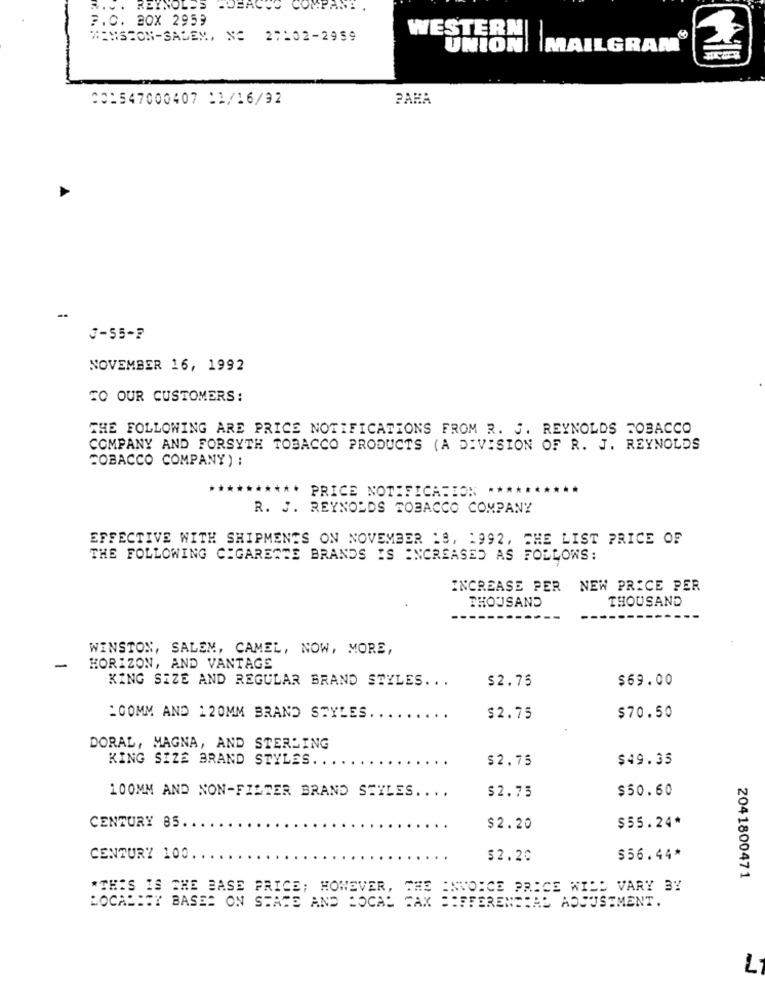
REYNOLDS
-DEACSE COMPARE
F.O. BOX 2959
WINSTON-SALEM, NO 27:02-2959
WESTERN
UNION MAILGRAM
001547000407 11/16/32
PARA
-
J-55-7
NOVEMBER 16, 1992
TO OUR CUSTOMERS:
THE FOLLOWING ARE PRICE NOTIFICATIONS FROM R. J. REYNOLDS TOBACCO
COMPANY AND FORSYTH TOBACCO PRODUCTS (A DIVISION OF R. J. REYNOLDS
TOBACCO COMPANY) :
***** PRICE NOTIFICATION
R. J. REYNOLDS TOBACCO COMPANY
EFFECTIVE WITH SHIPMENTS ON NOVEMBER 18, 1992, CHE LIST PRICE OF
THE FOLLOWING CIGARETTE BRANDS IS INCREASED AS FOLLOWS:
INCREASE PER NEW PRICE PER
THOUSAND
THOUSAND
WINSTON, SALEM, CAMEL, NOW, MORE,
-
HORIZON, AND VANTAGE
KING SIZE AND REGULAR BRAND STYLES ...
$2.75
$69.00
:COMM AND 120MM BRAND STYLES.
$2.75
$70.50
DORAL, MAGNA, AND STERLING
KING SIZE BRAND STYLES. .
$2.75
$49.35
100MM AND NON-FILTER BRAND SEILES. ...
$50.60
$2.75
$55.24*
CENTURY 85.
$2.20
CENTURY 100.
$2.20
$56.44*
2041800471
"THIS IS THE BASE PRICE; HOWEVER, THE INVOICE PRICE WILL VARY BY
LOCALITY BASED ON SHADE AND BOCAL CAX =IFFERENCIAL ADJUSTMENT.